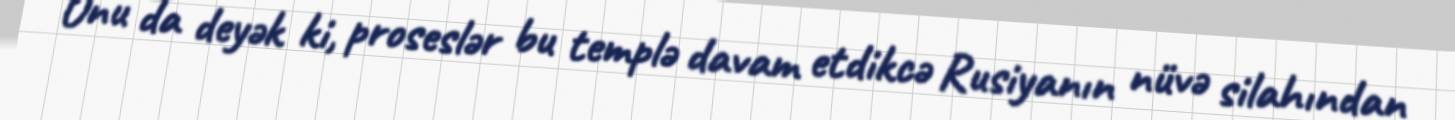
Onu da deyək ki, proseslər bu templə davam etdikcə Rusiyanın nüvə silahından